Medical and sanitary report of the native army of Madras for the year
Year: 1872
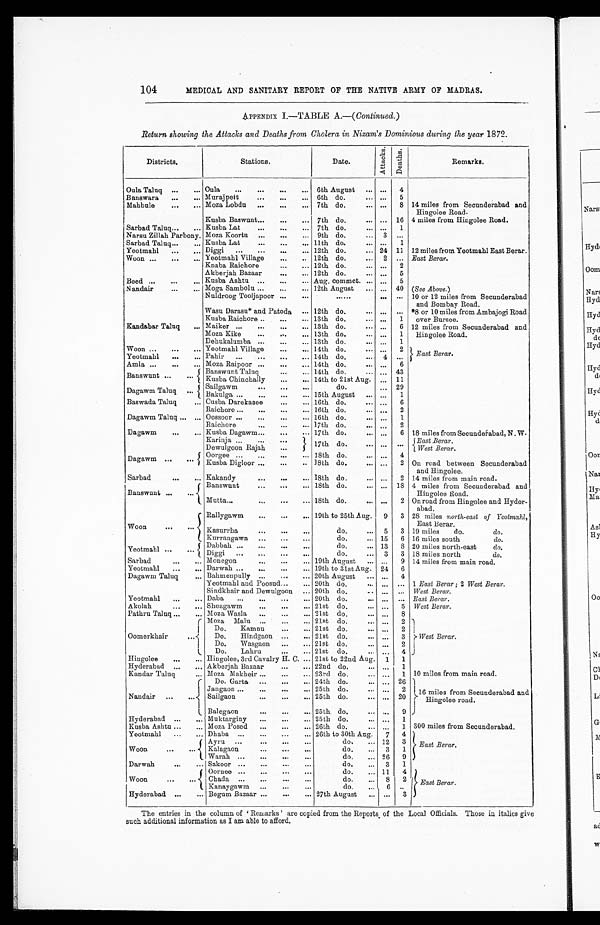
104
MEDICAL AND SANITARY REPORT OF THE NATIVE ARMY OF MADRAS.
APPENDIX I.—TABLE A.—( Continued .)
Return showing the Attacks and Deaths from Cholera in Nizam's Dominious during the year 1872.
Districts.
Stations.
D a t e .
At t acks. D e a t h s .
Remarks.
Oula Taluq ...
... Oula
...
...
...
... 6th August ... ... 4
Banswara ...
... Murajpett
...
...
... 6th do.
... ... 5
Mahbule
...
... Moza Lobdu ...
...
... 7th do.
... ... 8 14 miles from Secunderabad and
Hingolee Road.
Kusba Baswunt...
...
... 7th do.
... ... 16 4 miles from Hingolee Road.
Sarbad Taluq...
... Kusba Lat
...
...
... 7th do.
... ... 1
Narsu Zillah Parbony. Moza Koortu ...
...
... 9th do.
... 3
Sarbad Talaq...
... Kusba Lat
...
...
... 11th do.
... ...
1
Yeotmahl ...
... Diggi ...
...
...
... 12th do.
... 24 11 12 miles from Yeotmahl East Berar.
Woon ...
... .., Yeotmahl Village
...
.. 12th do.
... 2 ... East Berar.
Knaba Raichore
...
... 12th do.
... ... 2
Akberjah Bazaar
...
... 12th do.
... ... 5
Beed ...
...
... Kusba Ashtu ...
...
... Aug. commct. ... ... 5
Nandair
...
... Moga Sambolu ...
...
... 12th August ... ... 40 ( See Above.)
Nuldroog Tooljapoor ...
..
. . . . . .
... . . . 10 or 12 miles from Secunderabad
and Bombay Road.
Wasu Darasu* and Patoda
. . . 12th do.
... ...
. . . *8 or 10 miles from Ambajogi Road
over Bursee.
Kusba Raichore ..
...
... 13th do.
... ... 1
Kandabar Taluq
... Maiker ...
...
...
... 13th do.
... ... 6 12 miles from Secunderabad and
Hingolee Road.
Moza Kike
...
...
... 13th do.
... ... 1
Dehukalumba ...
...
... 13th do.
... ... 1
East Berar.
Woon ...
...
... Yeotmahl Village
...
... 14th do.
Yeotmahl ...
... Pahir ...
...
...
... 14th do.
... 4 ...
Amla ...
...
... Moza Raipoor ...
...
... 14th do.
... ... 6
Banswunt ...
... Banswunt Taluq
...
... 14th do.
... ... 43
Kusba Chinchally
...
... 14th to 21st Aug. ... 11
Dagawm
T a l u q Sailgawm
do.
... 29
Bakulga ...
. . . . 15th August ... ... 1
Baswada Taluq
... Cusba Darekasee
...
... 16th do.
... ... 6
Dagawm Taluq ... ...
Raichore ...
...
...
... 16th do.
...
2
Oossoor ...
...
...
... 16th do.
... ... 1
Dagawm
...
...
Raichore
...
...
... 17th do.
...
2
Kusba Dagawm...
...
... 17th do.
... ... 6 18 miles from Secunderabad, N. W.
Karinja ...
...
...
17th do.
...
. . . East Berar.
Dewulgoon Rajah
...
...
West Berar.
Dagawm ...
... Oorgee
...
...
...
. . . .
18th do.
Kusba Digloor ...
...
.. 18th do.
... ... 2 On road between Secunderabad
and Hingolee.
Sarbad
...
... Kakandy
...
...
... 18th do.
... ... 2 1.4 miles from main road.
Banswunt ...
...
Banswunt
...
...
... 18th do.
... ... 18 4 miles from Secunderabad and
Hingolee Road.
Mutta...
...
...
... 18th do.
... ... 2 On road from Hingolee and Hyder-
abad.
Woon
... ...
Rallygawm
...
...
... 19th to 25th Aug. 9 3 28 miles north-east of Yeotmahl,
East Berar.
Kasurrha
...
...
. . .
do.
... 5 3 19 miles
do.
do.
Kurrangawn ...
...
...
do.
... 15 6 16 miles south
do.
Yeotmahl ...
... Dabbah
. . . .
. . .
do.
... 13
8 20 miles north-east
do.
Diggi ...
..
do.
... 3 3 18 miles north
do.
Sarbad
... ... Monegon
...
...
... 19th August ... ... 9 14 miles from main road.
Yeotmahl ...
... Darwah ...
...
...
... 19th to 31st Aug. 24 6
Dagawm Taluq
... Bahmenpully ...
...
... 20th August ... ... 4
Yeotmahl and Poosud...
... 20th do.
... ... ... 1 East Berar ; 2 West Berar.
Sindkhair and Dewulgoon ... 20th do.
...
... West Berar.
Yeotmahl ...
... Daba ...
...
...
... 20th do.
... ... ... East Berar.
Akolah
...
... Sheagawm
...
...
... 21st do.
... ... 5 West Berar.
Pathru Taluq ...
.. Moza Wasla ...
...
... 21st do.
8
Oomerkhair
...
Moza Malu ...
...
... 21st do.
... ... 2
West Berar.
Do.
Kamnu
...
... 21st do.
... ... 2
Do.
Hindgaon ...
... 21st do.
... ... 3
Do.
Wasgaon ...
... 21st do.
... ... 2
Do.
Lahru
...
... 21st do.
... ... 4
Hingolee
...
... Hingolee, 3rd Cavalry H. C. ... 21st to 22nd Aug. 1 1
Hyderabad ...
... Akberjah Bazaar
...
... 22nd do.
Kandar Taluq
... Moza Makheir ...
...
... 23rd do.
... ... 1 10 miles from main road.
Nandair ...
...
Do. Garta ...
...
... 24th do.
... ... 26
16 miles from Secunderabad and
Hingolee road.
Jangaon ...
...
...
... 25th do.
. . .
Sailgaon
...
...
... 25th do.
. .
. . . 20
Balegaon
...
...
... 25th do.
...
. . 9
Hyderabad ...
... Muktarginy ...
...
... 25th do.
. . .
. . . 1
Kusba Ashtu ...
... Moza Posed ...
...
... 26th do.
. . .
. . . 1 300 miles from Secunderabad.
Yeotmahl ...
... Dhaba ...
...
...
... 26th to 30th Aug. 7 4
East Berar.
Woon
...
...
do.
. . . 12 3
Kalagaon
do.
. . . 3 1
Warah ...
...
...
...
do.
... 26 9
Darwah
... ... Sakoor ...
...
...
. . .
do.
... 3 1
Woon
Oornee ...
...
...
. . .
do.
... 11 4
East Berar.
Chada
do.
... 8 2
Kanaygawm ...
...
...
do.
... 6
. .
Hyderabad ...
... Begum Bazaar ...
...
... 27th August ... ... 3
The entries in the column of ‘Remarks’ are copied from the Reports . of the Local Officials. Those in italics give
such additional information as I am able to afford.